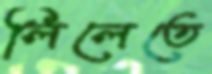
লিলেতে